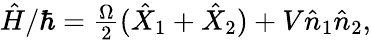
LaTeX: \begin{array}{r}{\hat{H}/\hbar=\frac{\Omega}{2}(\hat{X}_{1}+\hat{X}_{2})+V\hat{n}_{1}\hat{n}_{2},}\end{array}